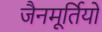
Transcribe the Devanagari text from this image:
जैनमूर्तियों